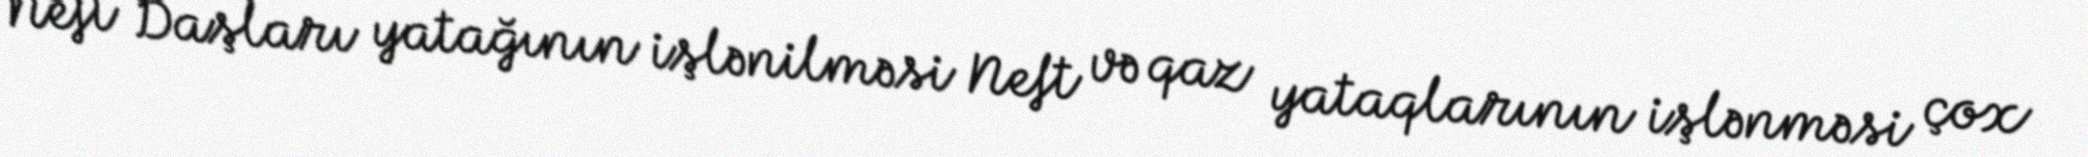
Neft Daşları yatağının işlənilməsi Neft və qaz yataqlarının işlənməsi çox